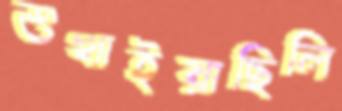
শুখাইয়াছিলি